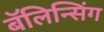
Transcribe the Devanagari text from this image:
बॅलिन्सिंग